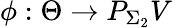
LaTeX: \phi:\Theta\to P_{\Sigma_{2}}V